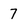
Character: 7